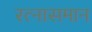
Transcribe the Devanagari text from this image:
रत्नासमान